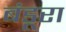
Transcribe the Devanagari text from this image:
बंडूरा